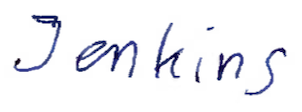
Text: Jenkins
Cross-out: clean
Writing tool: ballpoint